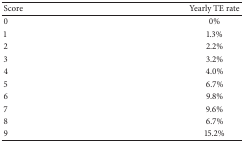
<table><thead><tr><td><b>Score</b></td><td><b>Yearly TE rate</b></td></tr></thead><tbody><tr><td>0</td><td>0%</td></tr><tr><td>1</td><td>1.3%</td></tr><tr><td>2</td><td>2.2%</td></tr><tr><td>3</td><td>3.2%</td></tr><tr><td>4</td><td>4.0%</td></tr><tr><td>5</td><td>6.7%</td></tr><tr><td>6</td><td>9.8%</td></tr><tr><td>7</td><td>9.6%</td></tr><tr><td>8</td><td>6.7%</td></tr><tr><td>9</td><td>15.2%</td></tr></tbody></table>